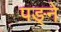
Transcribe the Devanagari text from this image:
पङ्ने